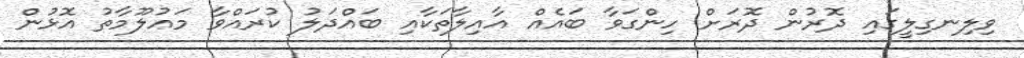
ވިލިނގިލީގައި ދޮރުން ދޮރަށް ހިންގަވާ ބައެއް އާއިލާތަކާއި ބައްދަލު ކުރައްވާ މަޢުލޫމާތު އޮޅުން